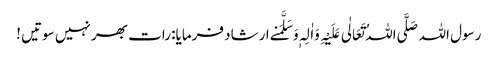
رسول اللہ صَلَّی اللہُ تَعَالٰی عَلَیْہِ وَاٰلِہٖ وَسَلَّمَنے ارشاد فرمایا: رات بھر نہیں سوتیں !